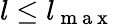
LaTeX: l\le l_{\mathrm{~m~a~x~}}